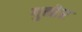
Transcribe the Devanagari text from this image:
गुन्ठेर